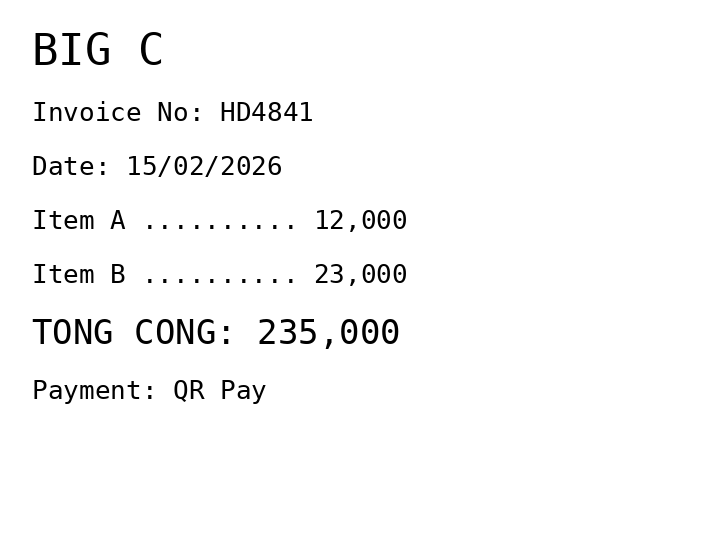
BIG C
Invoice No: HD4841
Date: 15/02/2026
Item A .......... 12,000
Item B .......... 23,000
TONG CONG: 235,000
Payment: QR Pay
Merchant: big c
Date: 2026-02-15
Total: 235000
Invoice No: HD4841
Payment method: QR